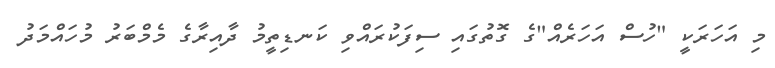
މި އަހަރަކީ "ހުސް އަހަރެއް"ގެ ގޮތުގައި ސިފަކުރައްވި ކަނޑިތީމު ދާއިރާގެ މެމްބަރު މުހައްމަދު